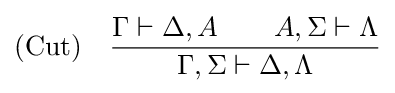
{\text{(Cut)}}\quad {\dfrac {\Gamma \vdash \Delta ,A\qquad A,\Sigma \vdash \Lambda }{\Gamma ,\Sigma \vdash \Delta ,\Lambda }}